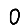
Digit: 0